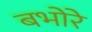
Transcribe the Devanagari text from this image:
बभोरे